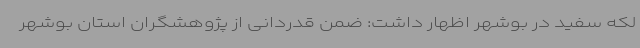
لکه سفید در بوشهر اظهار داشت: ضمن قدردانی از پژوهشگران استان بوشهر